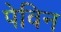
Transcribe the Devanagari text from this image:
पेविन